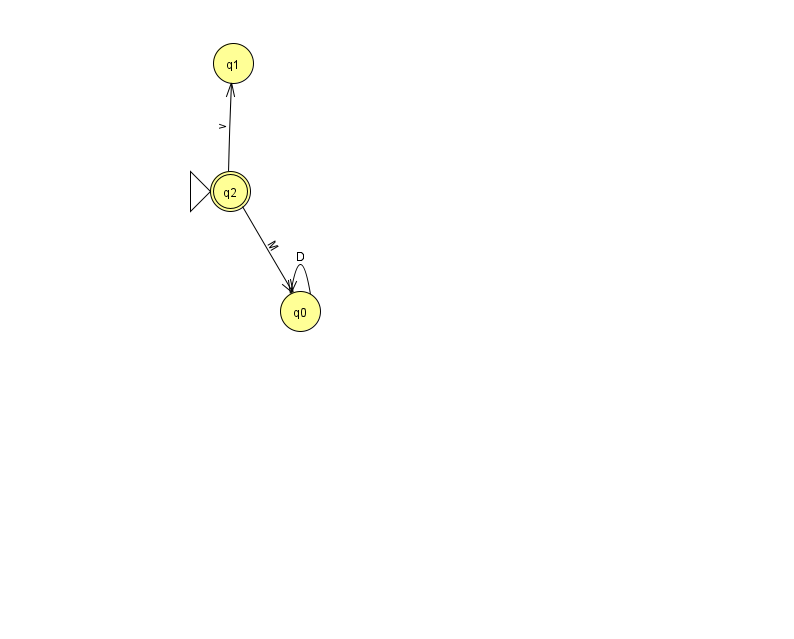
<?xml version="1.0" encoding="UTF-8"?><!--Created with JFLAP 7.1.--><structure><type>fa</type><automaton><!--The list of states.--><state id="0" name="q0"><x>300.0</x><y>298.0</y></state><state id="1" name="q1"><x>233.0</x><y>50.0</y></state><state id="2" name="q2"><x>230.0</x><y>178.0</y><initial/><final/></state><!--The list of transitions.--><transition><from>0</from><to>0</to><read>D</read></transition><transition><from>2</from><to>0</to><read>M</read></transition><transition><from>2</from><to>1</to><read>v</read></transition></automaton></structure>